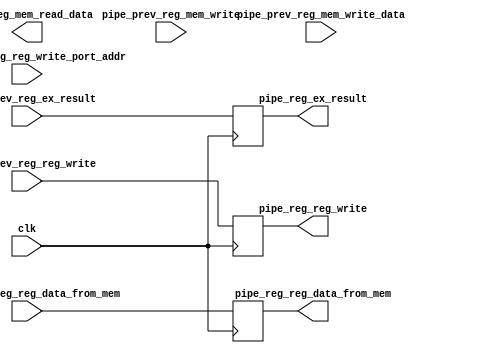
`timescale 1ps/1ps
`default_nettype none

module stage_MEM (
    input   wire    clk,

    input   wire    [4 : 0]     pipe_prev_reg_reg_write_port_addr,
    input   wire    [31 : 0]    pipe_prev_reg_mem_write_data,
    input   wire    [31 : 0]    pipe_prev_reg_ex_result,
    input   wire                pipe_prev_reg_mem_write,
    input   wire                pipe_prev_reg_reg_data_from_mem,
    input   wire                pipe_prev_reg_reg_write,

    output  reg                 pipe_reg_reg_write,
    output  reg                 pipe_reg_reg_data_from_mem,
    output  reg     [31 : 0]    pipe_reg_mem_read_data,
    output  reg     [31 : 0]    pipe_reg_ex_result
);

always @(posedge clk) begin
    pipe_reg_reg_write <= pipe_prev_reg_reg_write;
    pipe_reg_reg_data_from_mem <= pipe_prev_reg_reg_data_from_mem;
    pipe_reg_ex_result <= pipe_prev_reg_ex_result;
end

endmodule